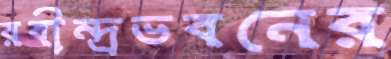
রবীন্দ্রভবনের